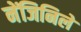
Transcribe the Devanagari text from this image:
नेंजिनिले